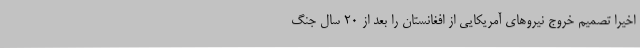
اخیرا تصمیم خروج نیروهای آمریکایی از افغانستان را بعد از ۲۰ سال جنگ